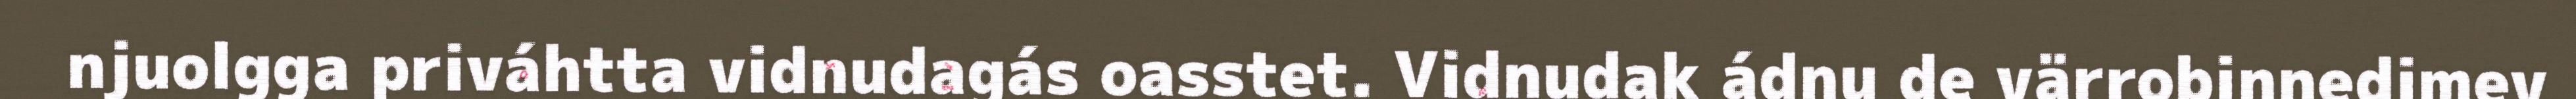
njuolgga priváhtta vidnudagás oasstet. Vidnudak ádnu de värrobinnedimev